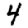
Digit: 4